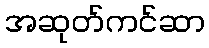
အဆုတ်ကင်ဆာ